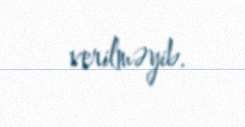
verilməyib.